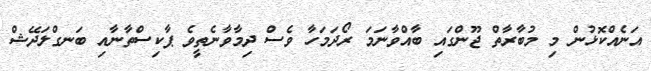
އަނެއްކޮޅުން މި މުބާރާތް ޖޫންގައި ބާއްވާނަމަ ރޯދަމަހާ ވެސް ދިމާވާނެތީވެ ޕާކިސްތާނާއި ބަނގްލަދޭޝް